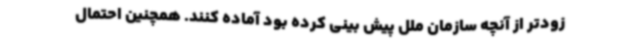
زودتر از آنچه سازمان ملل پیش بینی کرده بود آماده کنند. همچنین احتمال